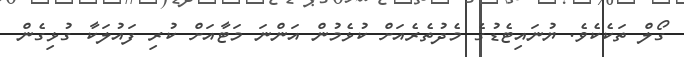
ގޯލް ތަކެކެވެ. ޔުނައިޓެޑުގެ މެދުތެރެއަށް ކުޅެމުން އަންނަ މަޓާއަށް ކުރި ފައުލަކާ ގުޅިގެން